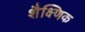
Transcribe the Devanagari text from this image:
शैक्ष्णिक